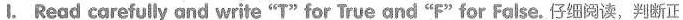
I. Read corefully and write“T"for True and "F"for False.仔细阅读,判断正